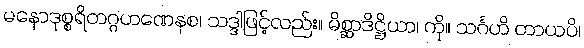
မနောဒုစ္စရိတဂ္ဂဟဏေနစ၊ သဒ္ဒါဖြင့်လည်း။ မိစ္ဆာဒိဋ္ဌိယာ၊ ကို။ သင်္ဂဟိ တာယပိ၊